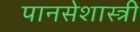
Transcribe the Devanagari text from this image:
पानसेशास्त्री